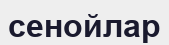
сенойлар